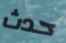
حدث